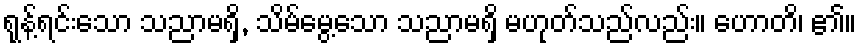
ရုန့်ရင်းသော သညာမရှိ, သိမ်မွေ့သော သညာမရှိ မဟုတ်သည်လည်း။ ဟောတိ၊ ၏။